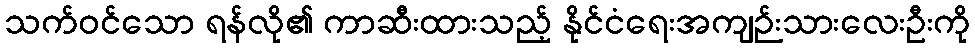
သက်ဝင်သော ရန်လို၏ ကာဆီးထားသည့် နိုင်ငံရေးအကျဉ်းသားလေးဦးကို